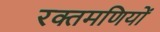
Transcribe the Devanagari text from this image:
रक्तमणियों